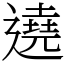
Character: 遶